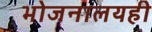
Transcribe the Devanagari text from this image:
भोजनालयही